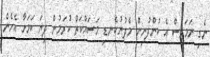
ނެގި ނަމަވެސް އެ ކުންފުނިން މެދުނުކެނޑި މަސައްކަތް ކުރަމުން ދިޔަ ކަމަަށާ އެހެން